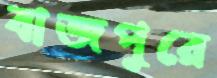
বাজপুরে